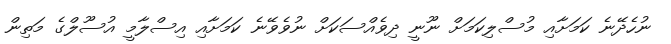
ނުހެދޭނެ ކަމަށާއި މުސްލިކަމަށް ނޫނީ ދިވެއްސަކަށް ނުވެވޭނެ ކަމަށާއި އިސްލާމީ އުސޫލްގެ މަތިން